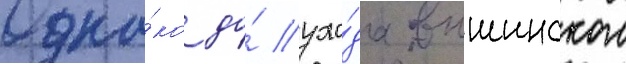
Одна́ко до́ ухо́да вышинского